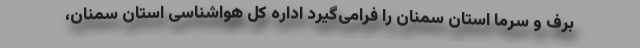
برف و سرما استان سمنان را فرامی‌گیرد اداره کل هواشناسی استان سمنان،